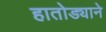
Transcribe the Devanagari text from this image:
हातोड्याने